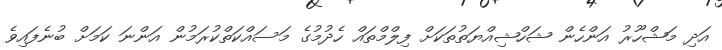
އަދި މަޝްހޫރު އަންހެން ޝަހްޝިއްޔަތުތަކަށް ފިލްމްތައް ހެދުމުގެ މަސައްކަތްކުރަމުން އަންނަ ކަމަށް ބުނެފައިވެ